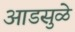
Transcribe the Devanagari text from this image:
आडसुळे